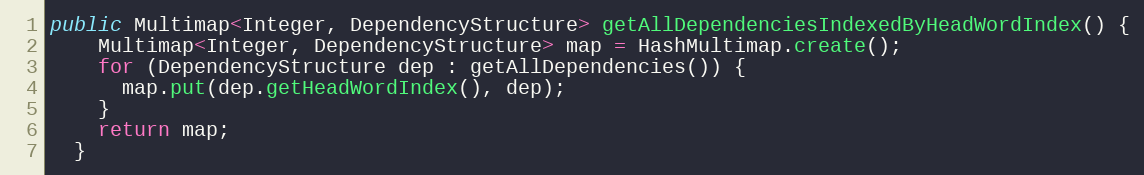
Language: Java
public Multimap<Integer, DependencyStructure> getAllDependenciesIndexedByHeadWordIndex() {
    Multimap<Integer, DependencyStructure> map = HashMultimap.create();
    for (DependencyStructure dep : getAllDependencies()) {
      map.put(dep.getHeadWordIndex(), dep);
    }
    return map;
  }